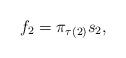
LaTeX: \begin{align*} f_2=\pi_{\tau(2)}s_2,\ \end{align*}